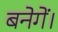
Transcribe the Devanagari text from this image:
बनेगें।